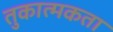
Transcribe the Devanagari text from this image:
तुकात्मकता